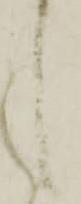
候